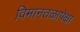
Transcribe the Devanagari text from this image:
विमानतळापेक्षा